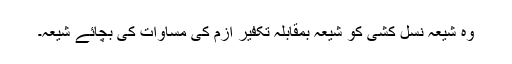
وہ شیعہ نسل کشی کو شیعہ بمقابلہ تکفیر ازم کی مساوات کی بچائے شیعہ۔